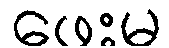
ဖေးမ